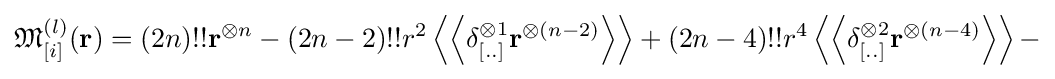
{\mathfrak {M}}_{[i]}^{(l)}(\mathbf {r} )=(2n)!!\mathbf {r} ^{\otimes n}-(2n-2)!!r^{2}\left\langle \left\langle \delta _{[..]}^{\otimes 1}\mathbf {r} ^{\otimes (n-2)}\right\rangle \right\rangle +(2n-4)!!r^{4}\left\langle \left\langle \delta _{[..]}^{\otimes 2}\mathbf {r} ^{\otimes (n-4)}\right\rangle \right\rangle -